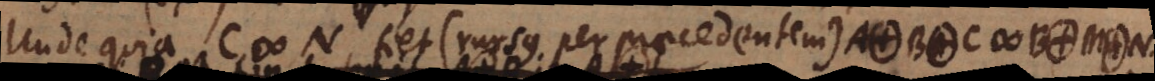
Unde quia C # N, fiet (rursus per praeced.) A. B. C